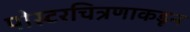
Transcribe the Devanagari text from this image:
पोस्टरचित्रणाकडून